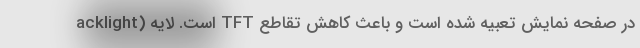
acklight) است. لایه TFT در صفحه نمایش تعبیه شده است و باعث کاهش تقاطع